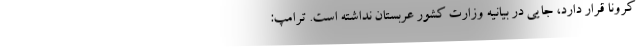
کرونا قرار دارد، جایی در بیانیه وزارت کشور عربستان نداشته است. ترامپ: